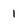
Character: 1